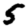
Digit: 5